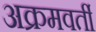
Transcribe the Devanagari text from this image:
अक्रमवर्ती